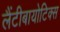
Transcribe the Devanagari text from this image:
लैंटीबायोटिक्स